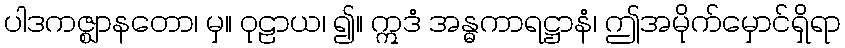
ပါဒကဇ္ဈာနတော၊ မှ။ ဝုဠာယ၊ ၍။ ဣဒံ အန္ဓကာရဋ္ဌာနံ၊ ဤအမိုက်မှောင်ရှိရာ